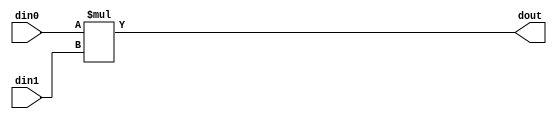
// ==============================================================
// Vitis HLS - High-Level Synthesis from C, C++ and OpenCL v2020.3 (64-bit)
// Copyright 1986-2021 Xilinx, Inc. All Rights Reserved.
// ==============================================================

`timescale 1 ns / 1 ps

module inPlaceNTT_DIT_mul_58ns_6ns_64_1_1(din0, din1, dout);
parameter ID = 1;
parameter NUM_STAGE = 0;
parameter din0_WIDTH = 58;
parameter din1_WIDTH = 6;
parameter dout_WIDTH = 64;
input [din0_WIDTH - 1 : 0] din0; 
input [din1_WIDTH - 1 : 0] din1; 
output [dout_WIDTH - 1 : 0] dout;

assign dout = $signed({1'b0, din0}) * $signed({1'b0, din1});
endmodule